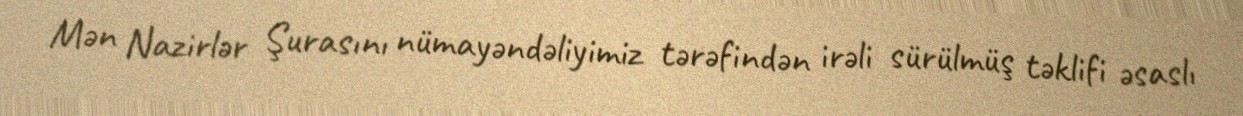
Mən Nazirlər Şurasını nümayəndəliyimiz tərəfindən irəli sürülmüş təklifi əsaslı